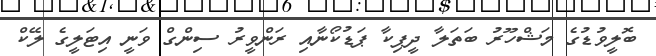
ބޮލީވުޑުގެ މަޝްހޫރު ބަތަލާ ދީޕިކާ ޕަޑުކޯނާއި ރަންވީރު ސިންގް ވަނީ އިޓަލީގެ ލޭކް